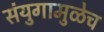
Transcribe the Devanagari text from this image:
संयुगामुळेच